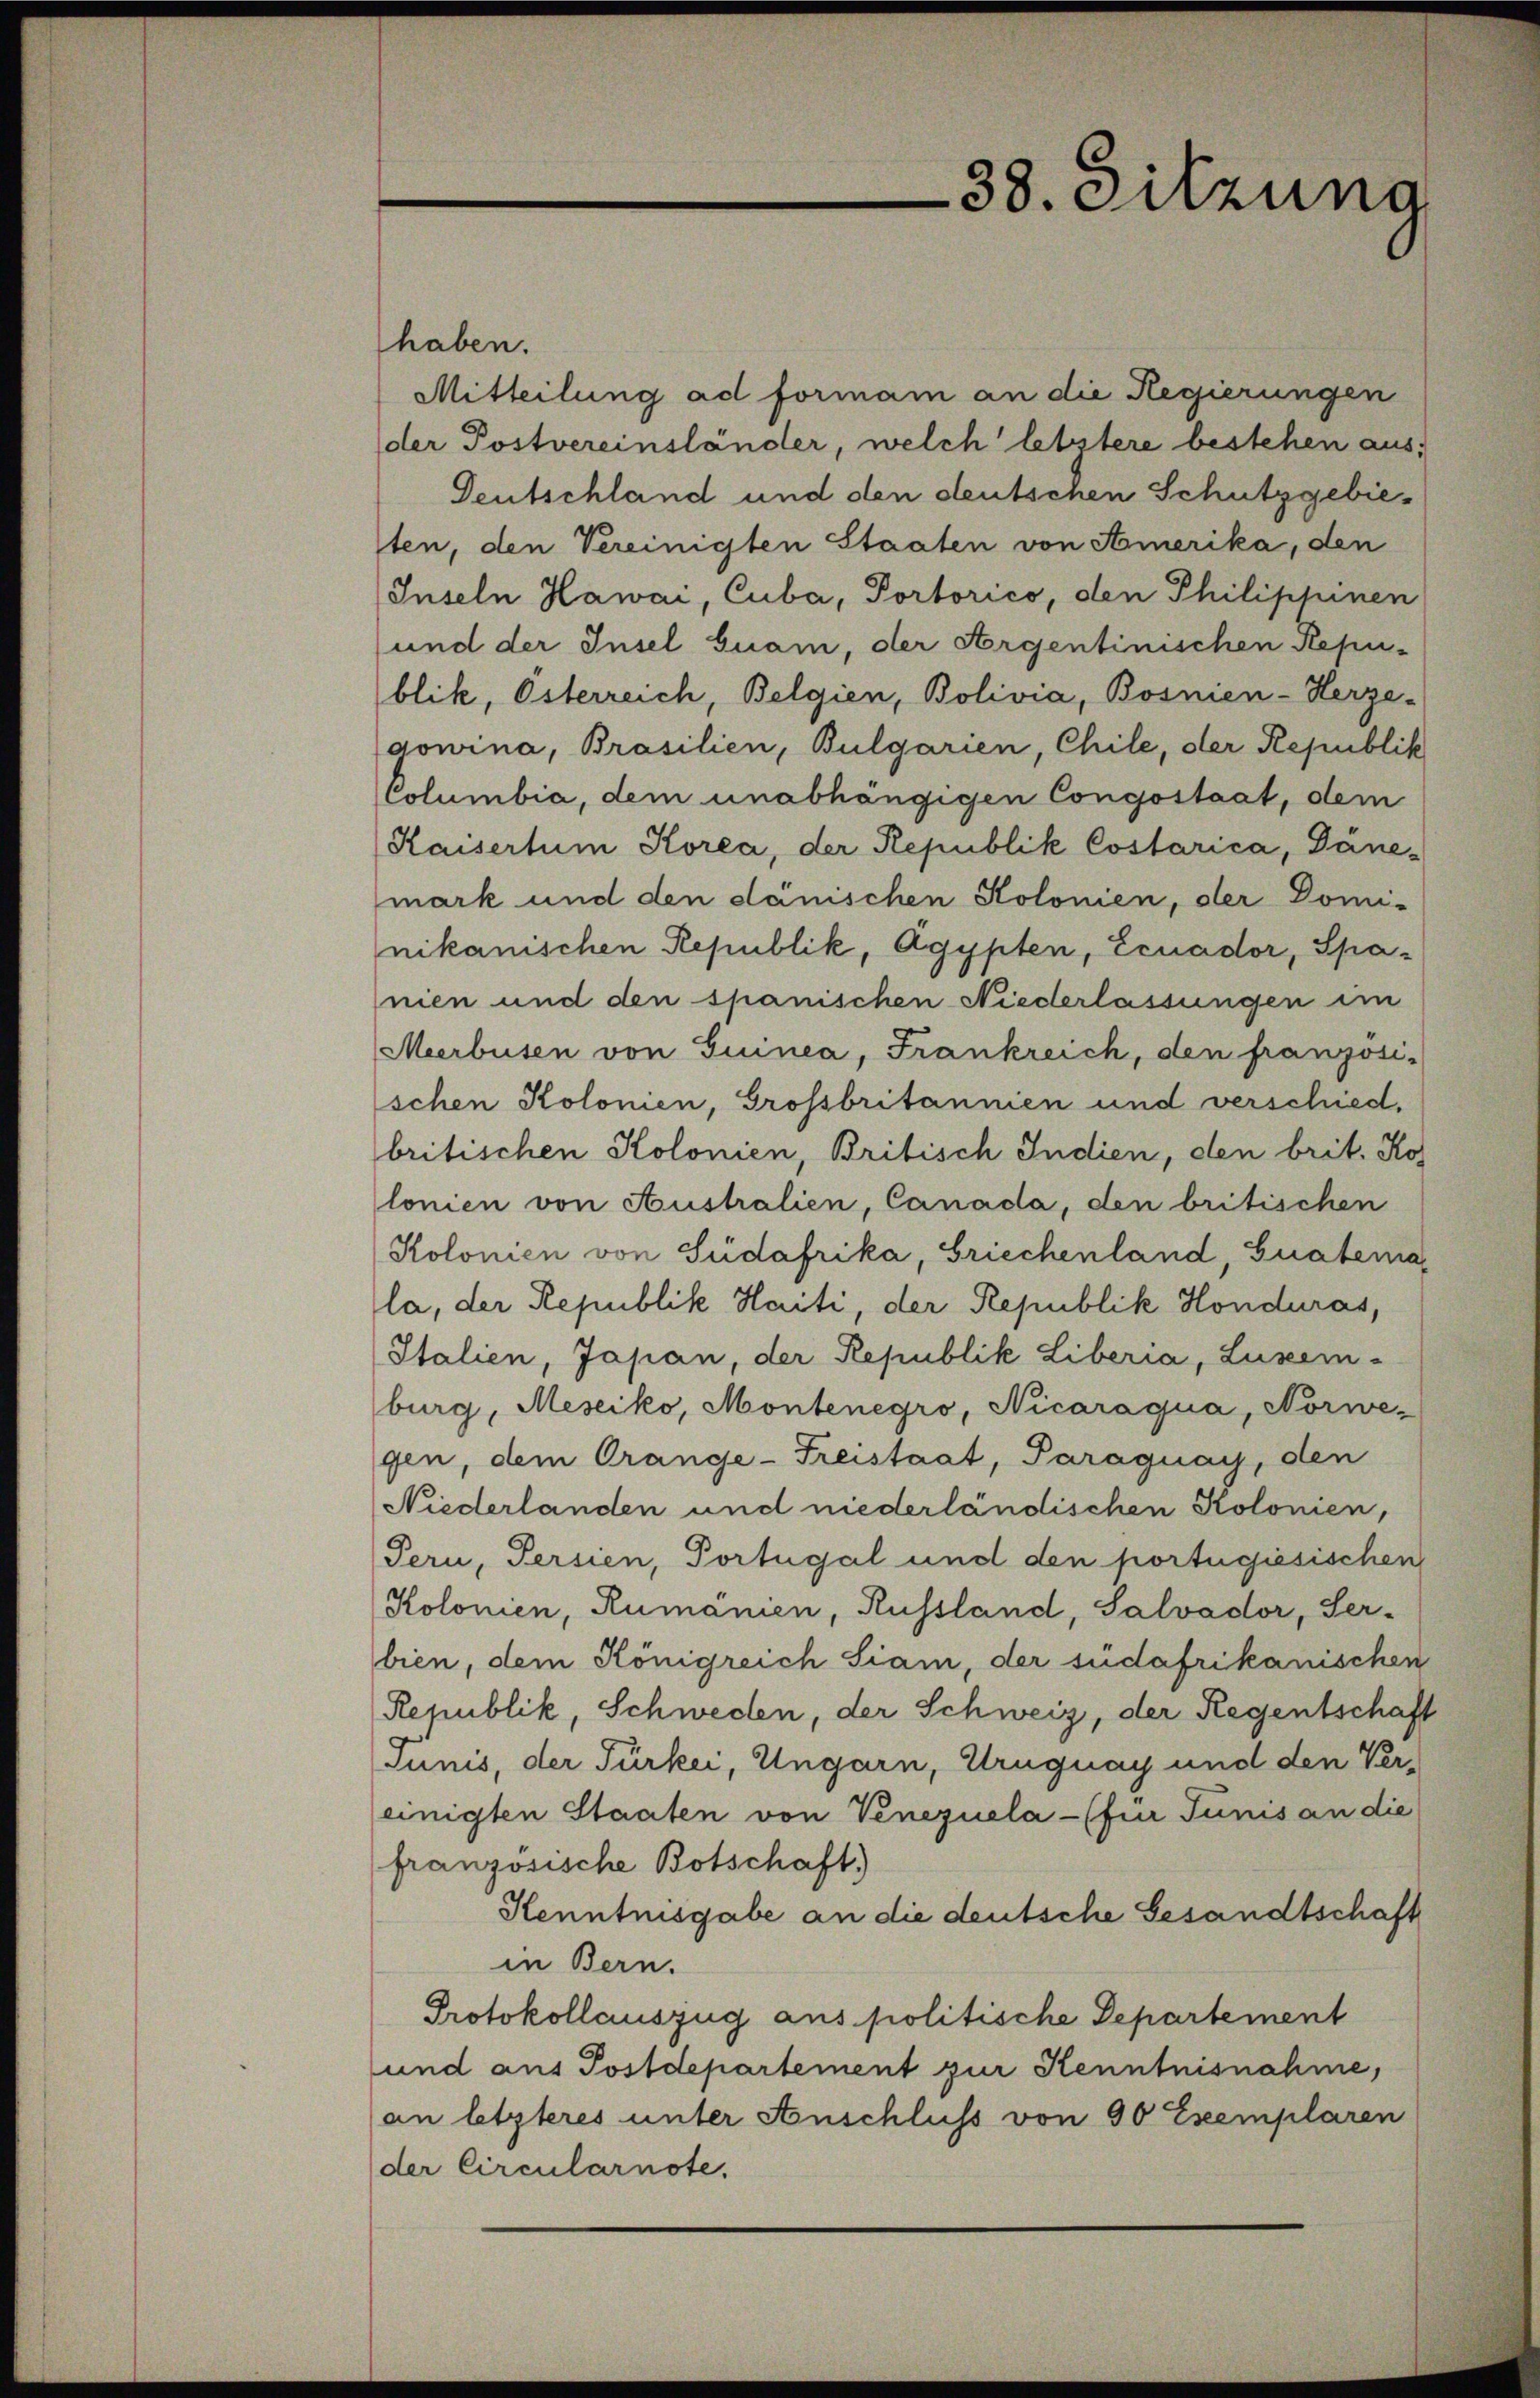
38. Sitzung

haben.
Mitteilung ad formam an die Regierungen
der Postvereinständer, welch letztere bestehen aus,
Deutschland und den deutschen Schutzgebieten, den Vereinigten Staaten von Amerika, den
Inseln Hawai, Cuba, Portorico, den Philippinen
und der Insel Guam, der Argentinischen Repu-
blik, Österreich, Belgien, Bolivia, Bosnien-Herze-
dowina, Brasilien, Bulgarien, Chile, der Republik
Columbia, dem unabhängigen Congostaat, dem
Kaisertum Korea, der Republik Costarica, Däne
mark und den danischen Kolonien, der Domi-
nikanischen Republik, Agypten, Ecuador, Spanien und den spanischen Niederlassungen im
Meerbusen von Guinea, Frankreich, den französi-
schen Kolonien, Grossbritannien und verschied.
britischen Kolonien, Britisch Indien, den brit. Kos
lonien von Australien, Canada, den britischen
Kolonien von Südafrika, Griechenland, Guatema
la, der Republik Haiti, der Republik Honduras,
Italien, Japan, der Republik Liberia, Luzern -
burg, Mesiko, Montenegro, Nicaraqua, Norwe-
gen, dem Orange-Freistaat, Paraguay, den
Niederlanden und niederländischen Kolonien,
Pern, Persien, Portugal und den portugisischen
Kolonien, Rumanien, Russland, Salvador, Ser-
bien, dem Königreich Siam, der sudafrikanischen
Republik, Schweden, der Schweiz, der Regentschaft
Junis, der Türkei, Ungarn, Uruguay und den Ver-
einigten Staaten von Venezuela- (für Junis an die
französische Botschaft)
Henntnisgabe an die deutsche Gesandtschaft
in Bern.
Protokollauszug aus politische Departement
und aus Postdepartement zur Kenntnisnahme,
an letzteres unter Anschluss von 90 Exemplaren
der Circularnote.